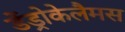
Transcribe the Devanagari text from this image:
डेंड्रोकेलैमस